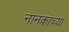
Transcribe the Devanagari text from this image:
नानकांच्या